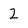
Character: 2